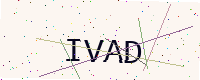
Text: IVAD